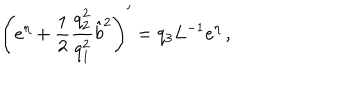
\left( e ^ { \eta } + \frac { 1 } { 2 } \frac { q _ { 2 } ^ { 2 } } { q _ { 1 } ^ { 2 } } \hat { b } ^ { 2 } \right) ^ { \prime } = q _ { 3 } L ^ { - 1 } e ^ { \eta } \, ,